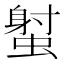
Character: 𧎭